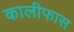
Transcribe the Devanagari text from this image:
कालीफास